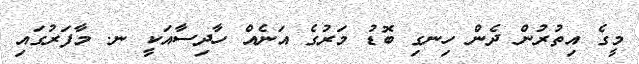
މީގެ އިތުރުން ދެން ހިނގި ބޮޑު މަރުގެ އަނެއް ހާދިސާއަކީ ނ. މާފަރުގައި